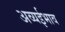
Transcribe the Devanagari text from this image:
अव्यईभाव